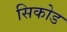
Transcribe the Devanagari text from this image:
सिकोड